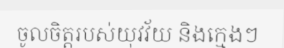
ចូលចិត្តរបស់យុវវ័យ និងក្មេងៗ